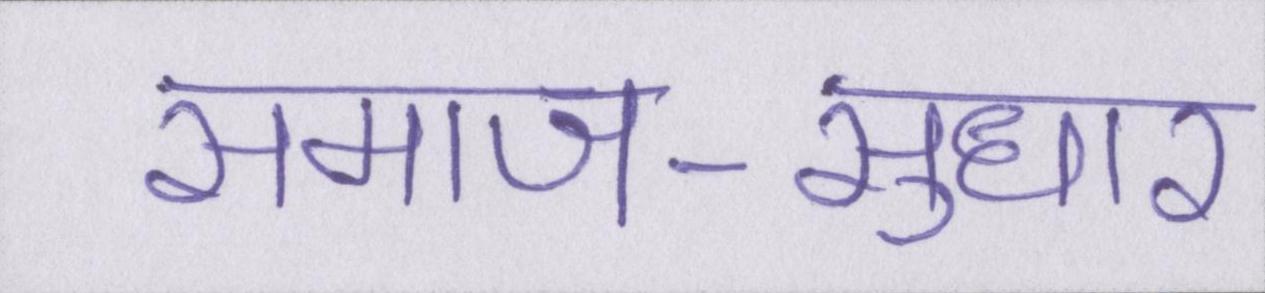
समाज-सुधार